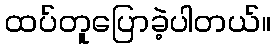
ထပ်တူပြောခဲ့ပါတယ်။